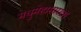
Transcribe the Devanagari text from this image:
मधुमेहासारखा